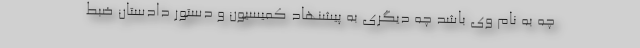
چه به نام وی باشد چه دیگری به پیشنهاد کمیسیون و دستور دادستان ضبط